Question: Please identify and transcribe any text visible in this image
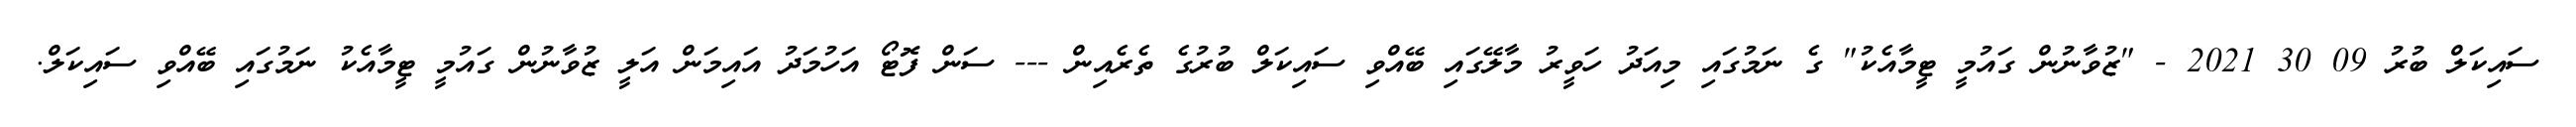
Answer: ސައިކަލް ބުރު 09 30 2021 - "ޒުވާނުން ގައުމީ ޓީމާއެކު" ގެ ނަމުގައި މިއަދު ހަވީރު މާލޭގައި ބޭއްވި ސައިކަލް ބުރުގެ ތެރެއިން --- ސަން ފޮޓޯ އަހުމަދު އައިމަން އަލީ ޒުވާނުން ގައުމީ ޓީމާއެކު ނަމުގައި ބޭއްވި ސައިކަލް.